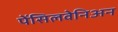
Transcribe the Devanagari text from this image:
पेंसिलवेनिअन